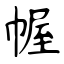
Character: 幄